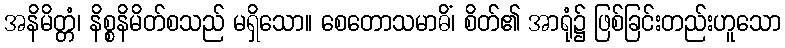
အနိမိတ္တံ၊ နိစ္စနိမိတ်စသည် မရှိသော။ စေတောသမာဓိံ၊ စိတ်၏ အာရုံ၌ ဖြစ်ခြင်းတည်းဟူသော